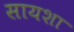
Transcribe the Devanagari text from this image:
सायशा